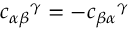
{ c _ { \alpha \beta } } ^ { \gamma } = - { c _ { \beta \alpha } } ^ { \gamma }